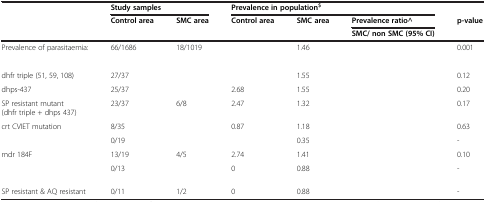
<table><thead><tr><td>[EMPTY_CELL]</td><td colspan="2"><b>Study samples</b></td><td colspan="3"><b>Prevalence in population<sup>$</sup></b></td><td>[EMPTY_CELL]</td></tr><tr><td>[EMPTY_CELL]</td><td><b>Control area</b></td><td><b>SMC area</b></td><td><b>Control area</b></td><td><b>SMC area</b></td><td><b>Prevalence ratio^</b></td><td><b>p-value</b></td></tr><tr><td>[EMPTY_CELL]</td><td>[EMPTY_CELL]</td><td>[EMPTY_CELL]</td><td>[EMPTY_CELL]</td><td>[EMPTY_CELL]</td><td><b>SMC/ non SMC (95% CI)</b></td><td>[EMPTY_CELL]</td></tr></thead><tbody><tr><td>Prevalence of parasitaemia:</td><td>66/1686</td><td>18/1019</td><td>[EMPTY_CELL]</td><td>1.46</td><td>[EMPTY_CELL]</td><td>0.001</td></tr><tr><td>[EMPTY_CELL]</td><td>[EMPTY_CELL]</td><td>[EMPTY_CELL]</td><td>[EMPTY_CELL]</td><td>[EMPTY_CELL]</td><td>[EMPTY_CELL]</td><td>[EMPTY_CELL]</td></tr><tr><td>dhfr triple (51, 59, 108)</td><td>27/37</td><td>[EMPTY_CELL]</td><td>[EMPTY_CELL]</td><td>1.55</td><td>[EMPTY_CELL]</td><td>0.12</td></tr><tr><td>dhps-437</td><td>25/37</td><td>[EMPTY_CELL]</td><td>2.68</td><td>1.55</td><td>[EMPTY_CELL]</td><td>0.20</td></tr><tr><td>SP resistant mutant (dhfr triple + dhps 437)</td><td>23/37</td><td>6/8</td><td>2.47</td><td>1.32</td><td>[EMPTY_CELL]</td><td>0.17</td></tr><tr><td>crt CVIET mutation</td><td>8/35</td><td>[EMPTY_CELL]</td><td>0.87</td><td>1.18</td><td>[EMPTY_CELL]</td><td>0.63</td></tr><tr><td>[EMPTY_CELL]</td><td>0/19</td><td>[EMPTY_CELL]</td><td>[EMPTY_CELL]</td><td>0.35</td><td>[EMPTY_CELL]</td><td>-</td></tr><tr><td>mdr 184F</td><td>13/19</td><td>4/5</td><td>2.74</td><td>1.41</td><td>[EMPTY_CELL]</td><td>0.10</td></tr><tr><td>[EMPTY_CELL]</td><td>0/13</td><td>[EMPTY_CELL]</td><td>0</td><td>0.88</td><td>[EMPTY_CELL]</td><td>-</td></tr><tr><td>SP resistant &amp; AQ resistant</td><td>0/11</td><td>1/2</td><td>0</td><td>0.88</td><td>[EMPTY_CELL]</td><td>-</td></tr></tbody></table>